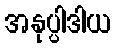
အနုပ္ပါဒါယ